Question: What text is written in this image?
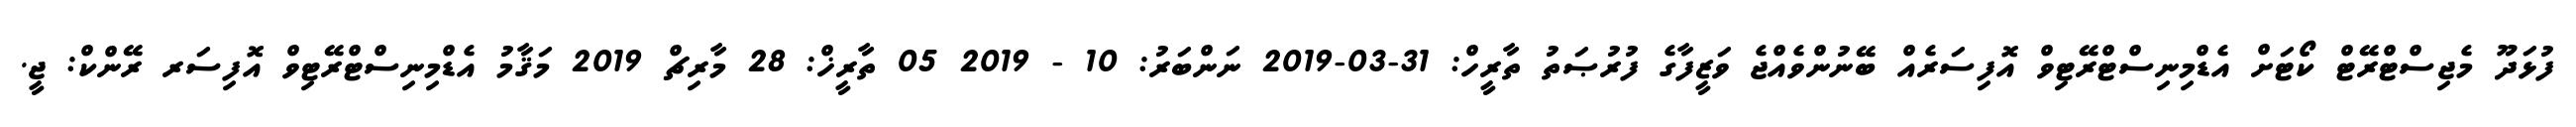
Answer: ފުޅަދޫ މެޖިސްޓްރޭޓް ކޯޓަށް އެޑްމިނިސްޓްރޭޓިވް އޮފިސަރެއް ބޭނުންވެއްޖެ ވަޒީފާގެ ފުރުޞަތު ތާރީހް: 31-03-2019 ނަންބަރު: 10 - 2019 05 ތާރީޚް: 28 މާރިޗް 2019 މަޤާމު އެޑްމިނިސްޓްރޭޓިވް އޮފިސަރ ރޭންކް: ޖީ.